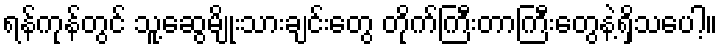
ရန်ကုန်တွင် သူ့ဆွေမျိုးသားချင်းတွေ တိုက်ကြီးတာကြီးတွေနဲ့ရှိသပေါ့။